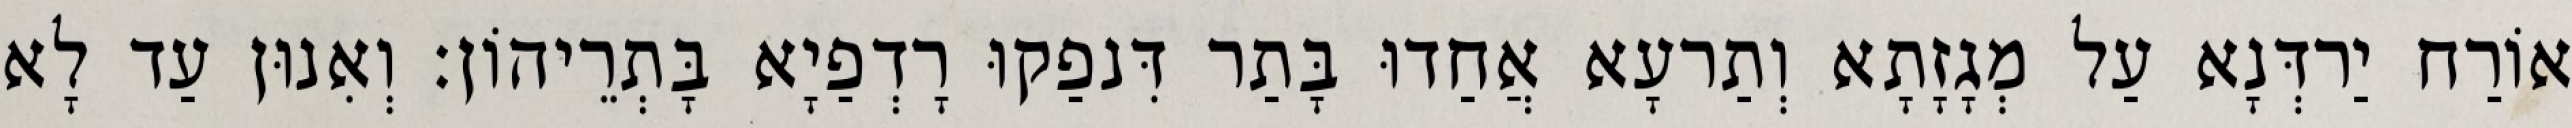
אוֹרַח יַרדְּנָא עַל מְגָזָתָא וְתַרעָא אֲחַדוּ בָּתַר דִּנפַקוּ רָדְפַיָא בָּתְרֵיהוֹן׃ וְאִנוּן עַד לָא